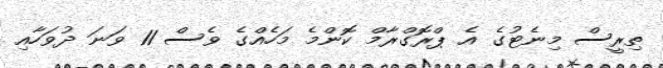
ތިރީސް މިނެޓުގެ އެ ޕްރޮގްރާމް ކޮންމެ މަހެއްގެ ވެސް 11 ވަނަ ދުވަހާއި